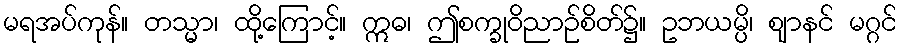
မရအပ်ကုန်။ တသ္မာ၊ ထို့ကြောင့်။ ဣဓ၊ ဤစက္ခုဝိညာဉ်စိတ်၌။ ဥဘယမ္ပိ၊ ဈာနင် မဂ္ဂင်